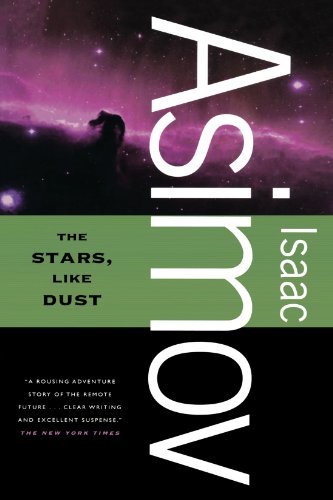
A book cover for The Stars, Like Dust; Isaac Asimov; Science Fiction & Fantasy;